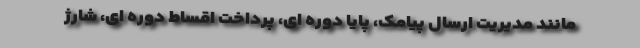
مانند مدیریت ارسال پیامک، پایا دوره ای، پرداخت اقساط دوره ای، شارژ